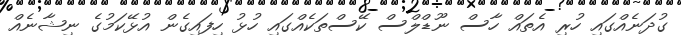
ގުދަނެއްގައި ހުރި އެތައް ހާސް ނޫޑްލްސް ކޭސްތަކެއްގައި ހުޅު ހިފައިގެން އުޅޭކަމުގެ ނިޝާނެއް